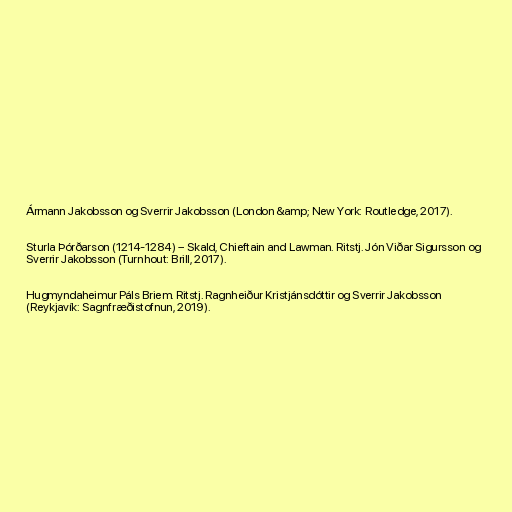
Ármann Jakobsson og Sverrir Jakobsson (London &amp; New York: Routledge, 2017).

Sturla Þórðarson (1214-1284) – Skald, Chieftain and Lawman. Ritstj. Jón Viðar Sigursson og
Sverrir Jakobsson (Turnhout: Brill, 2017).

Hugmyndaheimur Páls Briem. Ritstj. Ragnheiður Kristjánsdóttir og Sverrir Jakobsson
(Reykjavík: Sagnfræðistofnun, 2019).